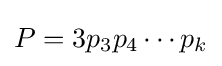
P=3p_{3}p_{4}\cdots p_{k}